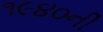
૧૯૪૦ની